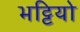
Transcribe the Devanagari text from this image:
भट्टियो